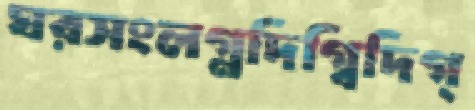
ঘরসংলগ্নদিগ্বিদিগ্‌